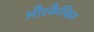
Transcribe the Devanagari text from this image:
औरकैम्ब्रिज